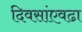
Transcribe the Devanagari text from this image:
दिवसांएवढा